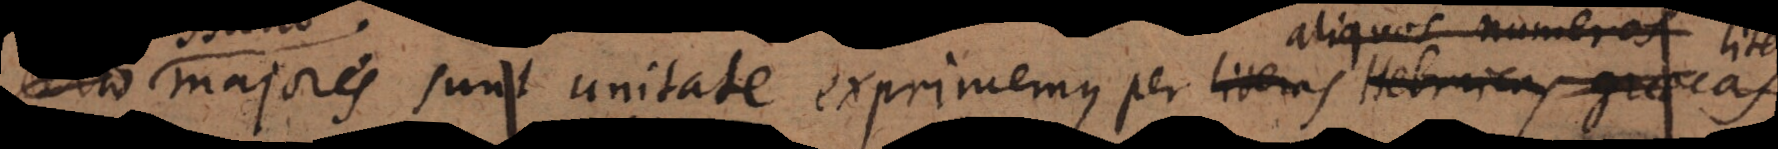
o majores sunt unitate exprimemus per literam communem gra